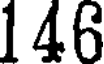
146